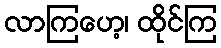
လာကြဟေ့၊ ထိုင်ကြ